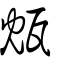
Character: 瓭